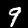
Digit: 9